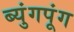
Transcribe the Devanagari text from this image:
ब्युंगपूंग